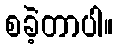
စခဲ့တာပါ။